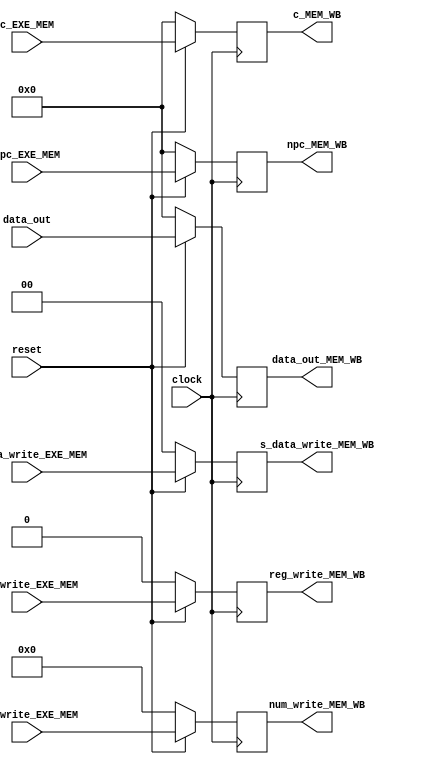
module mem_wb(clock,reset,npc_EXE_MEM,c_EXE_MEM,num_write_EXE_MEM,s_data_write_EXE_MEM,reg_write_EXE_MEM,
npc_MEM_WB,c_MEM_WB,data_out_MEM_WB,num_write_MEM_WB,s_data_write_MEM_WB,reg_write_MEM_WB,data_out);

	input clock;
	input reset;

	input [31:0]data_out;
	
	input [31:0]c_EXE_MEM;
	input [31:0]npc_EXE_MEM;
	
	input [4:0]num_write_EXE_MEM;
	input reg_write_EXE_MEM;
	input [1:0]s_data_write_EXE_MEM;
	
	output reg [31:0]c_MEM_WB;
	output reg [31:0]npc_MEM_WB;
	
	output reg [31:0]data_out_MEM_WB;
	output reg[4:0]num_write_MEM_WB;
	output reg reg_write_MEM_WB;
	output reg [1:0]s_data_write_MEM_WB;

	always @(posedge clock) 
		begin
			if(reset) 
				begin
					c_MEM_WB<=c_EXE_MEM;
					npc_MEM_WB<=npc_EXE_MEM;
					data_out_MEM_WB<=data_out;
					num_write_MEM_WB<=num_write_EXE_MEM;
					reg_write_MEM_WB<=reg_write_EXE_MEM;
					s_data_write_MEM_WB<=s_data_write_EXE_MEM;
				end
			else 
				begin
					c_MEM_WB<=32'h0000_0000;
					npc_MEM_WB<=32'h0000_0000;
					data_out_MEM_WB<=32'h0000_0000;
					num_write_MEM_WB<=5'b00000;
					reg_write_MEM_WB<=0;
					s_data_write_MEM_WB<=2'b00;
				end   
		end
endmodule